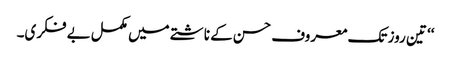
‘‘ تین روز تک معروف حسن کے ناشتے میں مکمل بے فکری۔